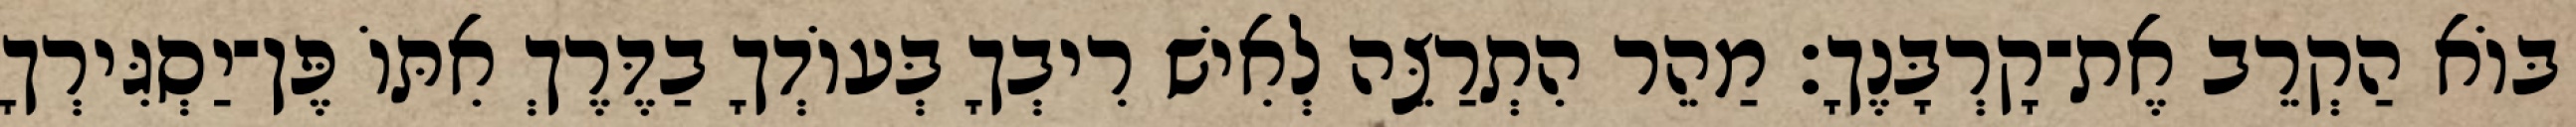
בּוֹא הַקְרֵב אֶת־קָרְבָּנֶךָ׃ מַהֵר הִתְרַצֵּה לְאִישׁ רִיבְךָ בְּעוֹדְךָ בַדֶּרֶךְ אִתּוֹ פֶּן־יַסְגִּירְךָ